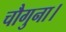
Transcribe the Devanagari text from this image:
चौगुना।